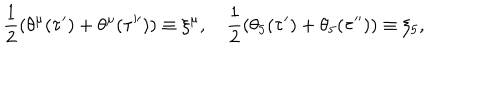
\frac 1 2 ( \theta ^ { \mu } ( \tau ^ { \prime } ) + \theta ^ { \mu } ( \tau ^ { \prime \prime } ) ) \equiv \xi ^ { \mu } , \quad \frac 1 2 ( \theta _ { 5 } ( \tau ^ { \prime } ) + \theta _ { 5 } ( \tau ^ { \prime \prime } ) ) \equiv \xi _ { 5 } ,